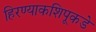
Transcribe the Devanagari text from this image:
हिरण्याकशिपूकडे